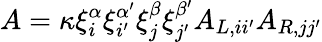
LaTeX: A=\kappa\xi_{i}^{\alpha}\xi_{i^{\prime}}^{\alpha^{\prime}}\xi_{j}^{\beta}\xi_{j^{\prime}}^{\beta^{\prime}}A_{L,ii^{\prime}}A_{R,jj^{\prime}}